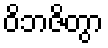
ဝိဘဇိတွာ